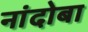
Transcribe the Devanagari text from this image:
नांदोबा